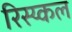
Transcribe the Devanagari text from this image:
रिस्य्कल